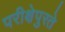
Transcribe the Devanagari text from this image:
परीक्षेपुरते